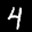
Label: 4